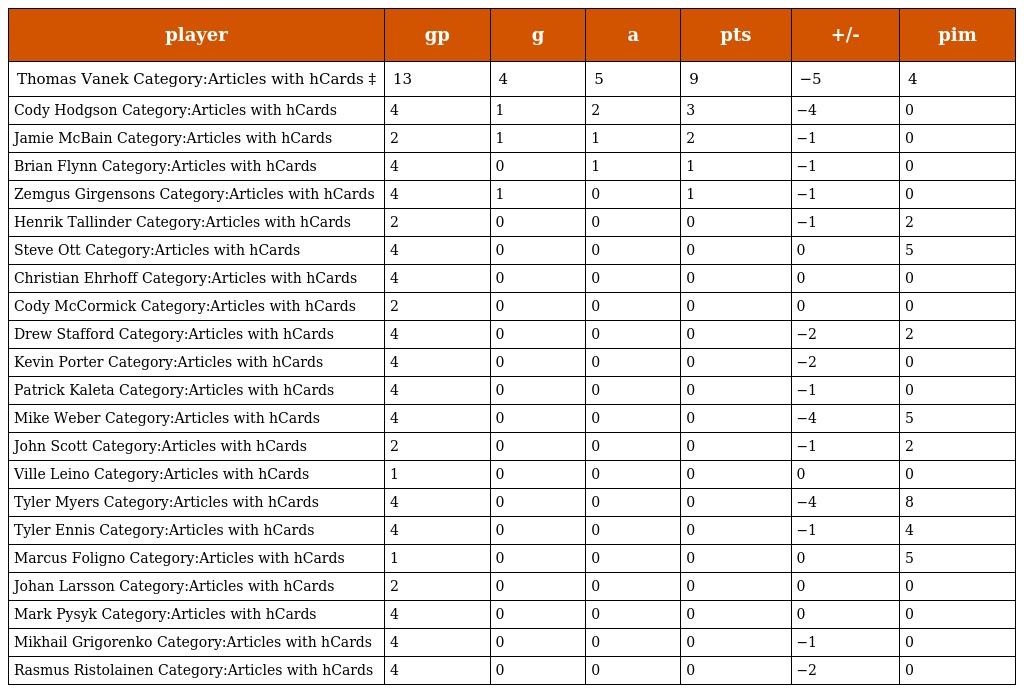
| player | gp | g | a | pts | +/- | pim |
 | --- | --- | --- | --- | --- | --- | --- |
 | Thomas Vanek Category:Articles with hCards ‡ | 13 | 4 | 5 | 9 | −5 | 4 |
 | Cody Hodgson Category:Articles with hCards | 4 | 1 | 2 | 3 | −4 | 0 |
 | Jamie McBain Category:Articles with hCards | 2 | 1 | 1 | 2 | −1 | 0 |
 | Brian Flynn Category:Articles with hCards | 4 | 0 | 1 | 1 | −1 | 0 |
 | Zemgus Girgensons Category:Articles with hCards | 4 | 1 | 0 | 1 | −1 | 0 |
 | Henrik Tallinder Category:Articles with hCards | 2 | 0 | 0 | 0 | −1 | 2 |
 | Steve Ott Category:Articles with hCards | 4 | 0 | 0 | 0 | 0 | 5 |
 | Christian Ehrhoff Category:Articles with hCards | 4 | 0 | 0 | 0 | 0 | 0 |
 | Cody McCormick Category:Articles with hCards | 2 | 0 | 0 | 0 | 0 | 0 |
 | Drew Stafford Category:Articles with hCards | 4 | 0 | 0 | 0 | −2 | 2 |
 | Kevin Porter Category:Articles with hCards | 4 | 0 | 0 | 0 | −2 | 0 |
 | Patrick Kaleta Category:Articles with hCards | 4 | 0 | 0 | 0 | −1 | 0 |
 | Mike Weber Category:Articles with hCards | 4 | 0 | 0 | 0 | −4 | 5 |
 | John Scott Category:Articles with hCards | 2 | 0 | 0 | 0 | −1 | 2 |
 | Ville Leino Category:Articles with hCards | 1 | 0 | 0 | 0 | 0 | 0 |
 | Tyler Myers Category:Articles with hCards | 4 | 0 | 0 | 0 | −4 | 8 |
 | Tyler Ennis Category:Articles with hCards | 4 | 0 | 0 | 0 | −1 | 4 |
 | Marcus Foligno Category:Articles with hCards | 1 | 0 | 0 | 0 | 0 | 5 |
 | Johan Larsson Category:Articles with hCards | 2 | 0 | 0 | 0 | 0 | 0 |
 | Mark Pysyk Category:Articles with hCards | 4 | 0 | 0 | 0 | 0 | 0 |
 | Mikhail Grigorenko Category:Articles with hCards | 4 | 0 | 0 | 0 | −1 | 0 |
 | Rasmus Ristolainen Category:Articles with hCards | 4 | 0 | 0 | 0 | −2 | 0 |